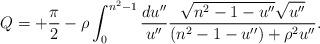
LaTeX: \begin{align*}Q =+{\pi\over2} - \rho \int_0^{n^2-1} {d u''\over u''}{\sqrt{n^2-1-u''} \sqrt{u''} \over (n^2-1-u'') +\rho^2 u'' }.\end{align*}